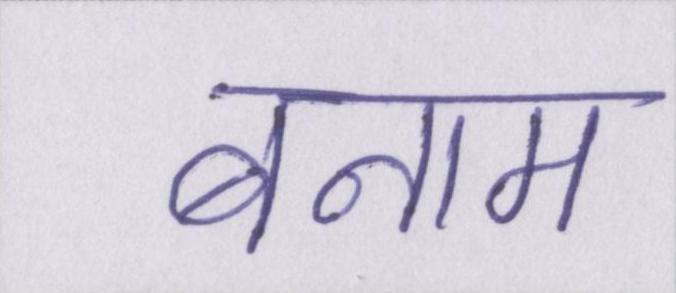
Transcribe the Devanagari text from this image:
बनाम